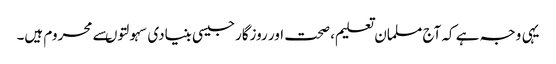
یہی وجہ ہے کہ آج مسلمان تعلیم، صحت اور روزگارجیسی بنیادی سہولتوںسے محروم ہیں۔